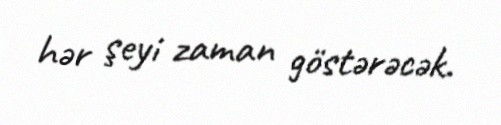
hər şeyi zaman göstərəcək.